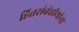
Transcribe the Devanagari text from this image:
हितसंबंधीयांना